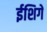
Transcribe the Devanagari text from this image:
ईशिगे